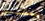
يمكنني